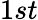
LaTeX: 1st